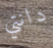
دانتي